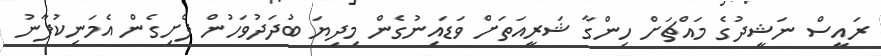
ރައީސް ނަޝީދުގެ މައްޗަށް ހިންގާ ޝަރީއަތަށް ވަޑައިނުގެން މިދިޔަ ބުދަދުވަހުން ފެށިގެން އެމަނިކުފާނު